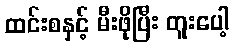
ထင်းစနှင့် မီးဖိုပြီး တူးပေါ့